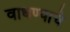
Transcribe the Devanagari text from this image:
वाधण्याचे